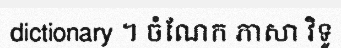
dictionary ។ ចំណែក ភាសា វិទូ